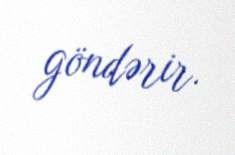
göndərir.